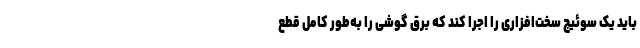
باید یک سوئیچ سخت‌افزاری را اجرا کند که برق گوشی را به‌طور کامل قطع